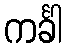
ကင်္ခါ